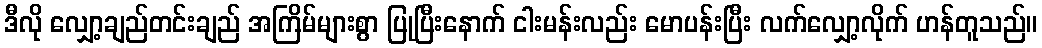
ဒီလို လျှော့ချည်တင်းချည် အကြိမ်များစွာ ပြုပြီးနောက် ငါးမန်းလည်း မောပန်းပြီး လက်လျှော့လိုက် ဟန်တူသည်။